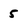
Character: 5